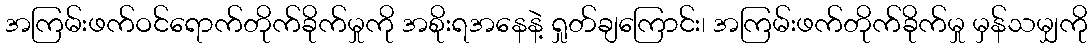
အကြမ်းဖက်ဝင်ရောက်တိုက်ခိုက်မှုကို အစိုးရအနေနဲ့ ရှုတ်ချကြောင်း၊ အကြမ်းဖက်တိုက်ခိုက်မှု မှန်သမျှကို